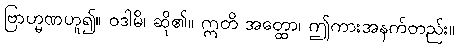
ဗြာဟ္မဏဟူ၍။ ဝဒါမိ၊ ဆို၏။ ဣတိ အတ္ထော၊ ဤကားအနက်တည်း။